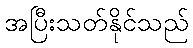
အပြီးသတ်နိုင်သည်